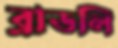
ব্রাডলি